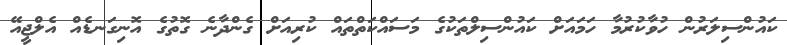
ކައުންސިލަރުން ހުވާކުރުމާ ހަމައަށް ކައުންސިލްތަކުގެ މަސައްކަތްތައް ކުރިއަށް ގެންދާނެ ގޮތުގެ އޮނިގަނޑެއް އެލްޖީއޭ